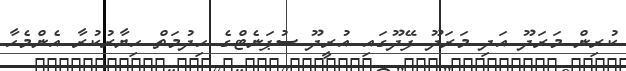
ކުރިން މަރަދޫ އަދި މަރަދޫ ފޭދޫގައި އުރީދޫ ސުޕަނެޓްގެ ހިދުމަތް ހިޔާރުކުރާ އެންމެހާ